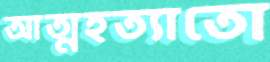
আত্মহত্যাতো